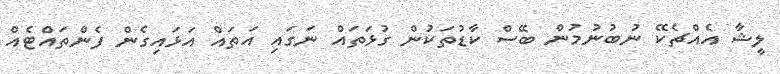
ލީޝާ އެއްޗެކޭ ނުބުނުމުން ބޭސް ކާޑުތަކުން ގުޅަތައް ނަގައި އަތައް އަޅައިގެން ފެންތައްޓެއް